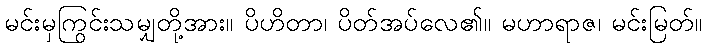
မင်းမှကြွင်းသမျှတို့အား။ ပိဟိတာ၊ ပိတ်အပ်လေ၏။ မဟာရာဇ၊ မင်းမြတ်။